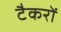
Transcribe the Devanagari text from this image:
टैकरों